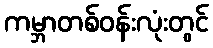
ကမ္ဘာတစ်ဝန်းလုံးတွင်